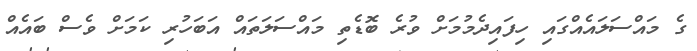
ގެ މައްސަލައެއްގައި ހިފައިދެމުމަށް ވުރެ ބޮޑެތި މައްސަލަތައް އަބަހުރި ކަމަށް ވެސް ބައެއް